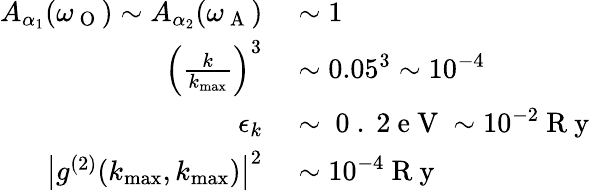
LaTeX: \begin{array}{rl}{A_{\alpha_{1}}(\omega_{\mathrm{~O~}})\sim A_{\alpha_{2}}(\omega_{\mathrm{~A~}})}&{{}\sim 1}\\ {\left(\frac{k}{k_{\operatorname*{max}}}\right)^{3}}&{{}\sim 0.05^{3}\sim 10^{-4}}\\ {\epsilon_{k}}&{{}\sim\mathrm{~0~.~2~e~V~}\sim 10^{-2}\mathrm{~R~y~}}\\ {\big|g^{(2)}(k_{\operatorname*{max}},k_{\operatorname*{max}})\big|^{2}}&{{}\sim 10^{-4}\mathrm{~R~y~}}\end{array}